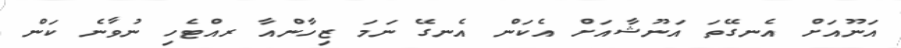
އަނޫއަށް އެނގޭތަ އަނޫޝާއަށް އެކަން އެނގޭ ނަމަ ޒިހާންއާ ރއްޓެހި ނުވާނެ ކަން